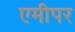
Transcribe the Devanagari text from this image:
एमीपर